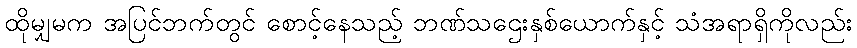
ထိုမျှမက အပြင်ဘက်တွင် စောင့်နေသည့် ဘဏ်သဌေးနှစ်ယောက်နှင့် သံအရာရှိကိုလည်း